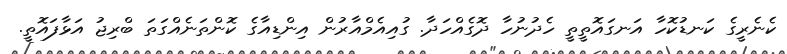
ކެނެރީގެ ކަނޑުކޮހާ އަނގައޮތީތީ ހެދުނުހާ ދޮގެއްހަދާ. ގުއިއެމްއާރުން އިންޑިއާގެ ކޮންތަނެއްގަތަ ބްރިޖު އަޅާފައޮތީ.